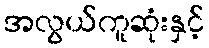
အလွယ်ကူဆုံးနှင့်